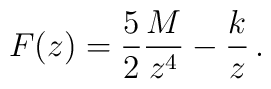
F(z) = {5\over 2} {M\over z^4} -{k \over z} \, .